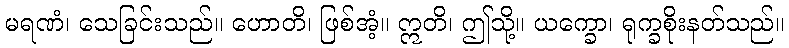
မရဏံ၊ သေခြင်းသည်။ ဟောတိ၊ ဖြစ်အံ့။ ဣတိ၊ ဤသို့။ ယက္ခော၊ ရုက္ခစိုးနတ်သည်။